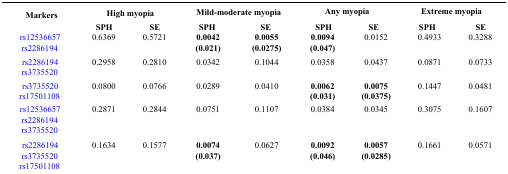
| <ROWSPAN=2> Markers | <COLSPAN=2> High myopia | <COLSPAN=2> Mild-moderate myopia | <COLSPAN=2> Any myopia | <COLSPAN=2> Extreme myopia |
 | SPH | SE | SPH | SE | SPH | SE | SPH | SE |
 | --- | --- | --- | --- | --- | --- | --- | --- | --- |
 | rs12536657  rs2286194 | 0.6369 | 0.5721 | 0.0042 (0.021) | 0.0055 (0.0275) | 0.0094 (0.047) | 0.0152 | 0.4933 | 0.3288 |
 | rs2286194  rs3735520 | 0.2958 | 0.2810 | 0.0342 | 0.1044 | 0.0358 | 0.0437 | 0.0871 | 0.0733 |
 | rs3735520  rs17501108 | 0.0800 | 0.0766 | 0.0289 | 0.0410 | 0.0062 (0.031) | 0.0075 (0.0375) | 0.1447 | 0.0481 |
 | rs12536657  rs2286194rs3735520 | 0.2871 | 0.2844 | 0.0751 | 0.1107 | 0.0384 | 0.0345 | 0.3075 | 0.1607 |
 | rs2286194  rs3735520rs17501108 | 0.1634 | 0.1577 | 0.0074 (0.037) | 0.0627 | 0.0092 (0.046) | 0.0057 (0.0285) | 0.1661 | 0.0571 |